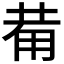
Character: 𤰇